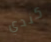
كندي